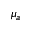
\mu _ { a }